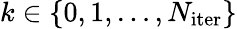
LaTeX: k\in\{ 0,1,\ldots,N_{\mathrm{iter}}\}